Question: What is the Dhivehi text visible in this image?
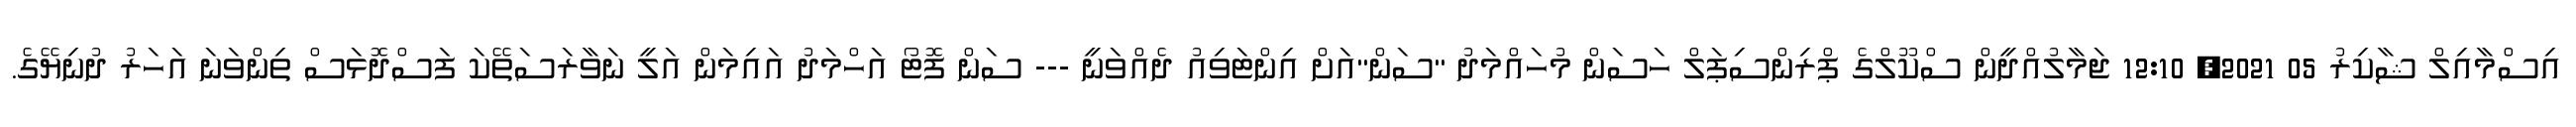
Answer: އިސްމާއިލް ޝާކިރު 05 2021, 12:10 ޖަމާލުއްދީން ސްކޫލްގެ ޕްރިންސިޕަލް ހަސަން މުހައްމަދު "ސަން"އަށް އިންޓަވިއު ދެއްވަނީ --- ސަން ފޮޓޯ އަހްމަދު އައިމަން އަލީ ނަވާރަސަތޭކަ ފަސްދޮޅަސް ތިންވަނަ އަހަރު ދުނިޔޭގެ.